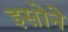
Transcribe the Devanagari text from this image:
इसोने